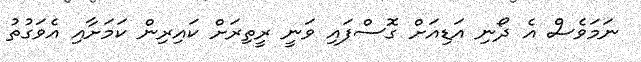
ނަމަވެސް އެ ދޯނި އަޑިއަށް ގޮސްފައި ވަނީ ރީތިރަށް ކައިރިން ކަމަށާއި އެވަގުތު